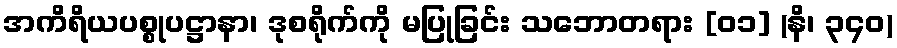
အကိရိယပစ္စုပဋ္ဌာနာ၊ ဒုစရိုက်ကို မပြုခြင်း သဘောတရား [၀၁] (နိ၊ ၃၄၀)